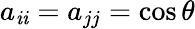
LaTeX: a_{\mathit{i}\mathit{i}}=a_{jj}=\cos\theta